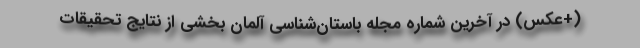
(+عکس) در آخرین شماره مجله باستان‌شناسی آلمان بخشی از نتایج تحقیقات